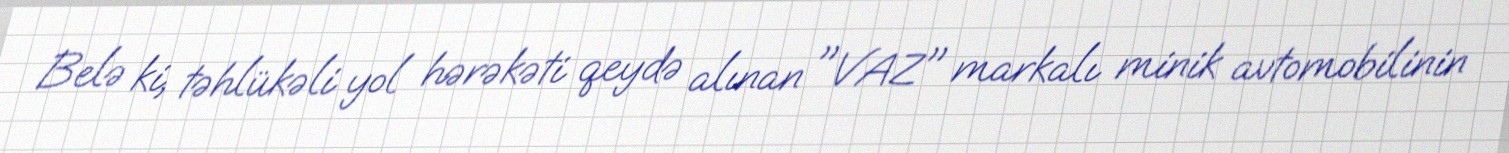
Belə ki, təhlükəli yol hərəkəti qeydə alınan "VAZ" markalı minik avtomobilinin